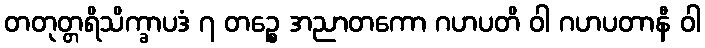
တတုတ္တရိသိက္ခာပဒံ ၇ တဉ္စေ အညာတကော ဂဟပတိ ဝါ ဂဟပတာနီ ဝါ